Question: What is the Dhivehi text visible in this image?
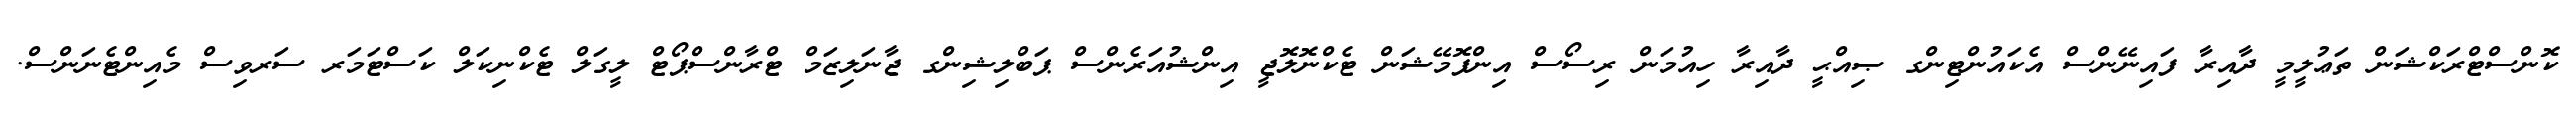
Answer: ކޮންސްޓްރަކްޝަން ތަޢުލީމީ ދާއިރާ ފައިނޭންސް އެކައުންޓިންގ ޞިއްޙީ ދާއިރާ ހިއުމަން ރިސޯސް އިންފޮމޭޝަން ޓެކްނޮލޮޖީ އިންޝުއަރެންސް ޕަބްލިޝިންގ ޖާނަލިޒަމް ޓްރާންސްޕޯޓް ލީގަލް ޓެކްނިކަލް ކަސްޓަމަރ ސަރވިސް މެއިންޓެނަންސް.